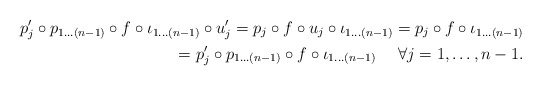
\begin{align*} p'_{j}\circ p_{1 \ldots (n-1)}\circ f\circ \iota_{1 \ldots (n-1)}\circ u'_{j} =p_{j}\circ f\circ u_{j}\circ \iota_{1 \ldots (n-1)}=p_{j}\circ f\circ \iota_{1 \ldots (n-1)}\\=p'_{j}\circ p_{1 \ldots (n-1)}\circ f\circ \iota_{1 \ldots (n-1)}~~~~\forall j=1,\ldots,n-1.\end{align*}